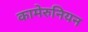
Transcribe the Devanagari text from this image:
कामेरुनियन